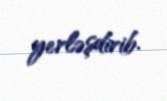
yerləşdirib.